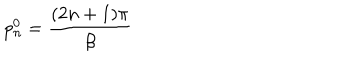
LaTeX: p _ { n } ^ { 0 } = \frac { ( 2 n + 1 ) \pi } { \beta }